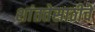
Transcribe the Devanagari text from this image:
शांततेसाठीचे